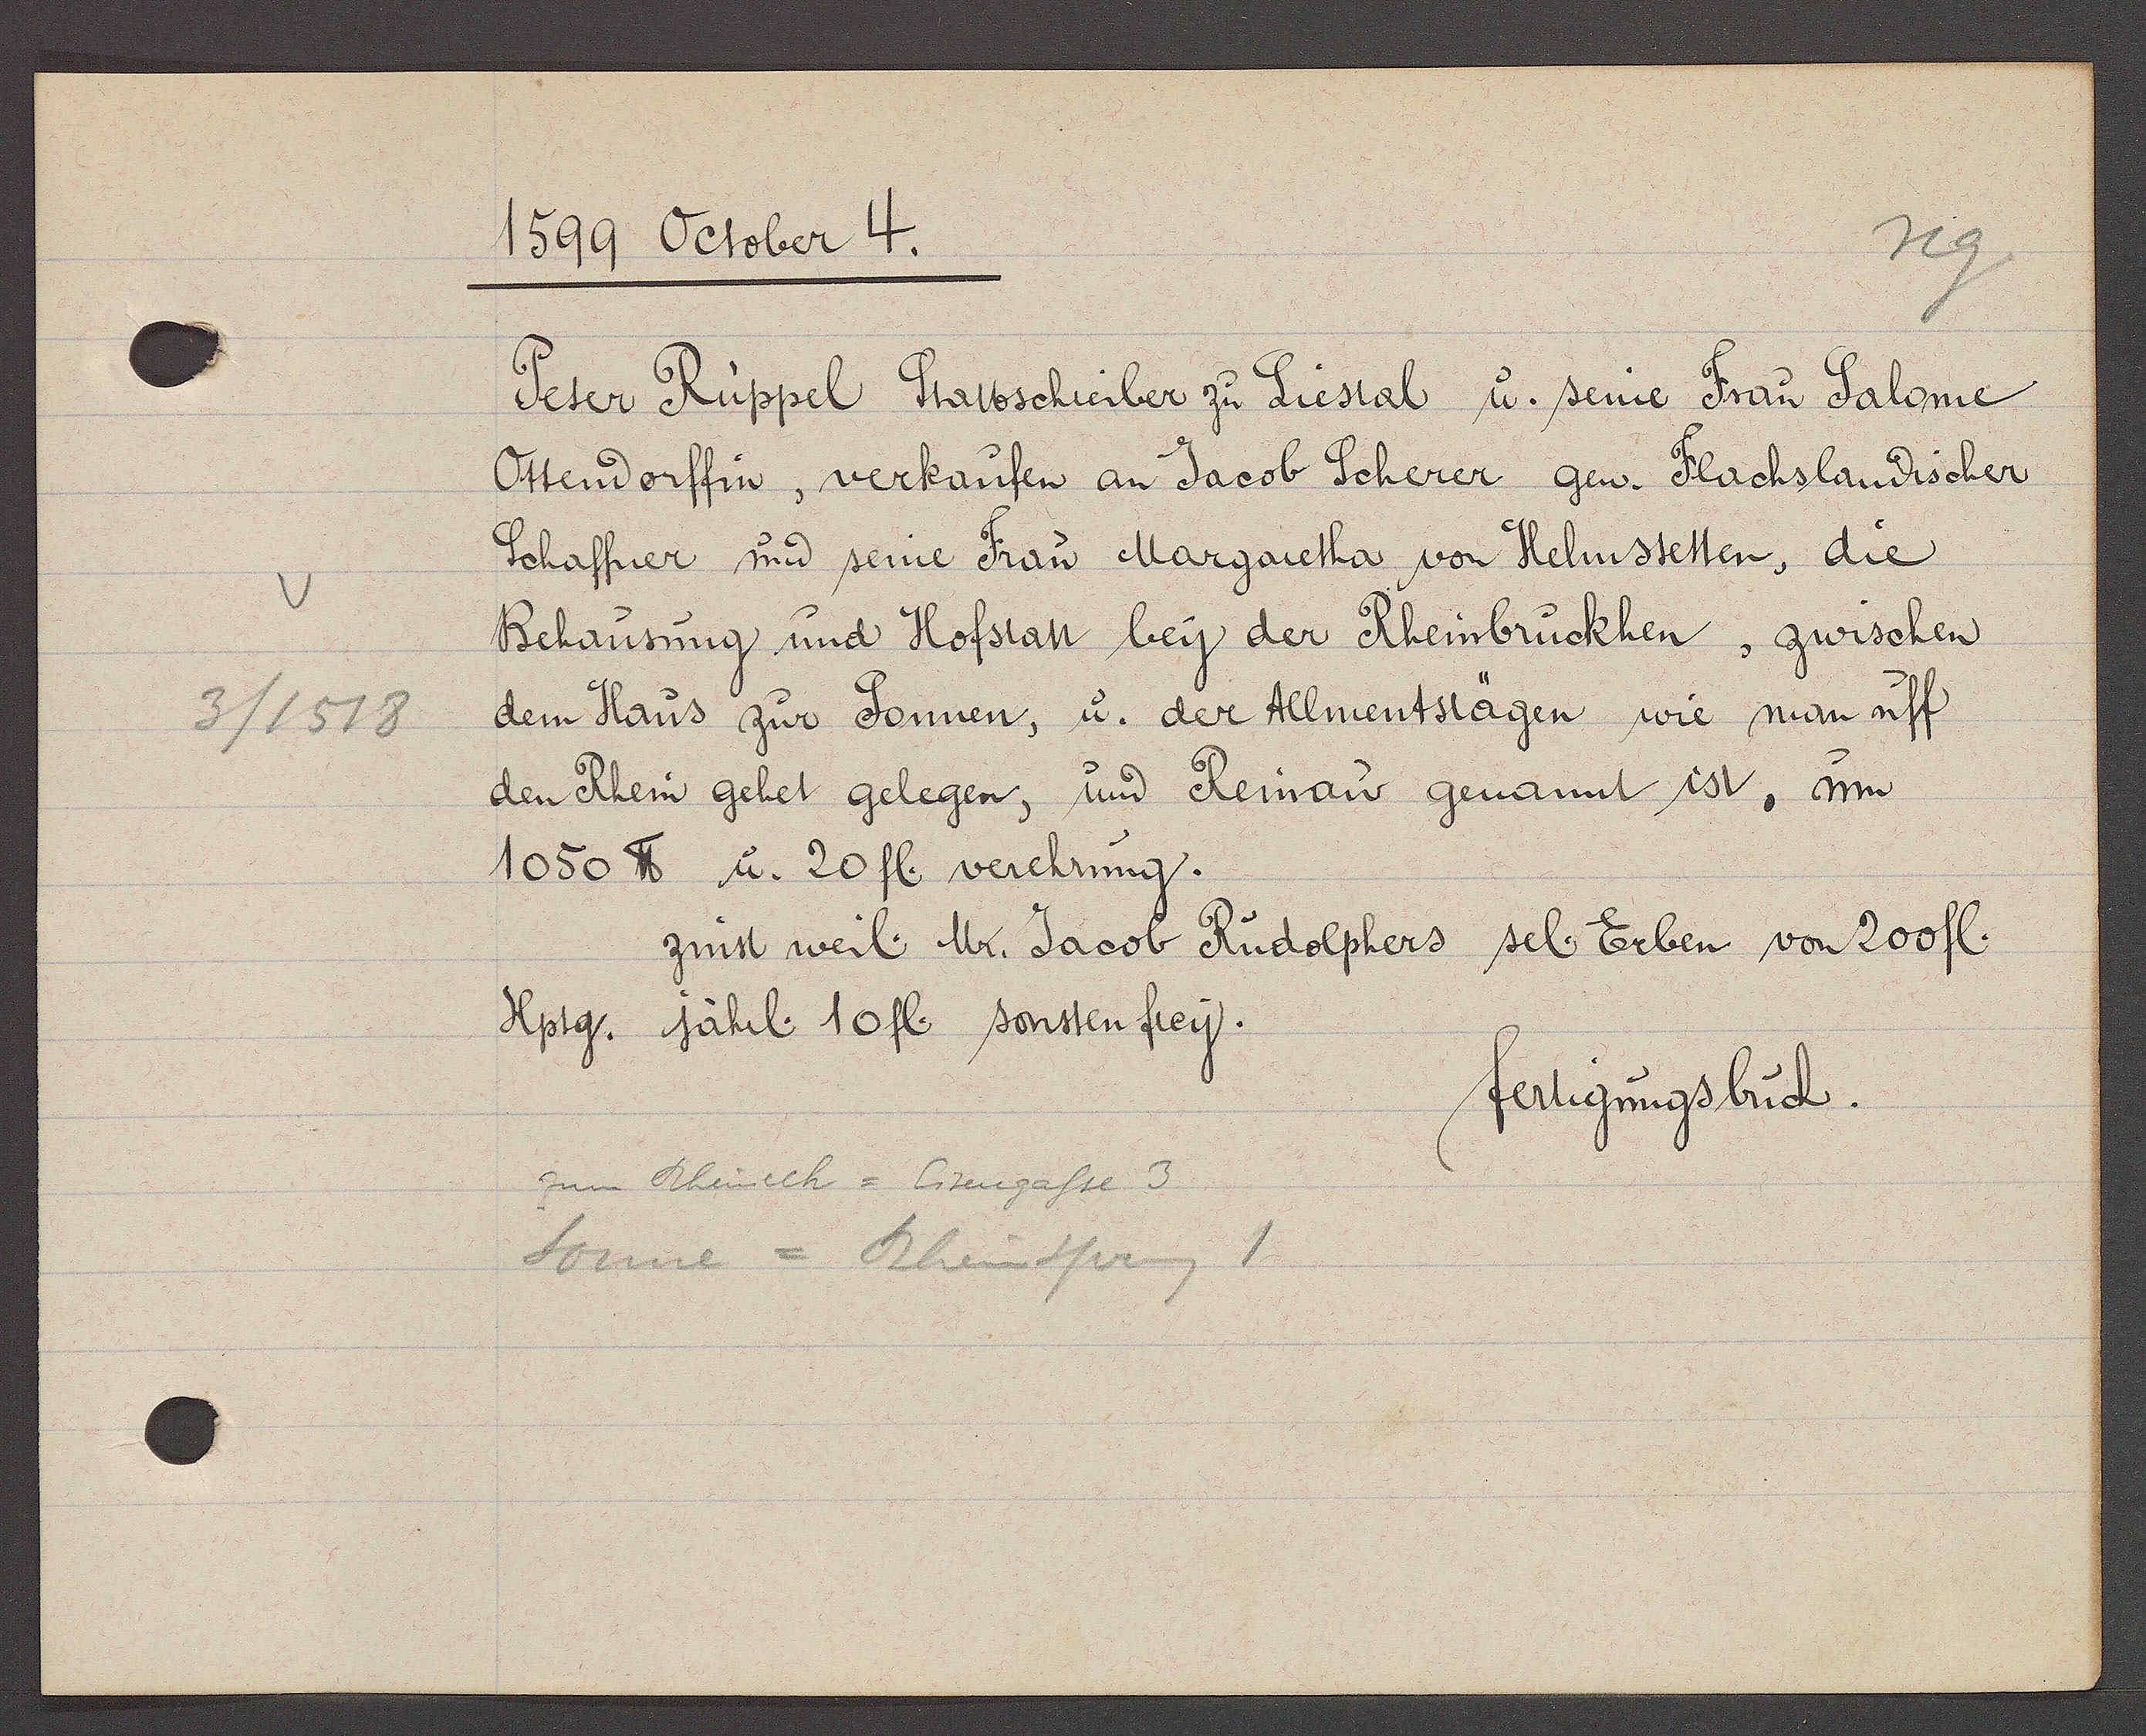
Transcript:
3/1518

1599 October 4.
Peter Rüppel Stattschreiber zu Liestal u. seine Frau Salome
Ottendorffin, verkaufen an Jacob Scherer gew. Flachslandischer
Schaffner und seine Frau Margaretha von Helmstetten, die
Behausung und Hofstatt bey der Rheinbruckhen, zwischen
dem Haus zur Sonnen, u. der Allmentstägen wie man uff
den Rhein gehet gelegen, und Reinau genannt ist. um
1050 ℔ u. 20 fl. verehrung.
zinst weil. Mr. Jacob Rudolphers sel. Erben von 200 fl.
Hptg. jährl. 10 fl. sonsten frey.
fertigungsbuch
zum Rheinech = Eisengasse 3
Sonne = Rheinsprung 1